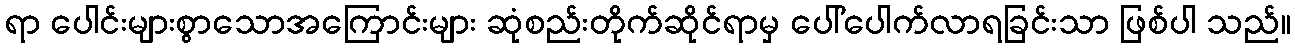
ရာ ပေါင်းများစွာသောအကြောင်းများ ဆုံစည်းတိုက်ဆိုင်ရာမှ ပေါ်ပေါက်လာရခြင်းသာ ဖြစ်ပါ သည်။